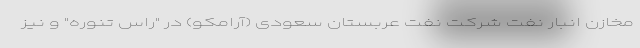
مخازن انبار نفت شرکت نفت عربستان سعودی (آرامکو) در "راس تنوره" و نیز